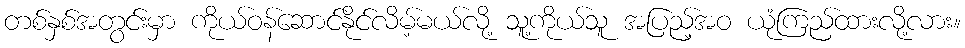
တစ်နှစ်အတွင်းမှာ ကိုယ်ဝန်ဆောင်နိုင်လိမ့်မယ်လို့ သူ့ကိုယ်သူ အပြည့်အဝ ယုံကြည်ထားလို့လား။